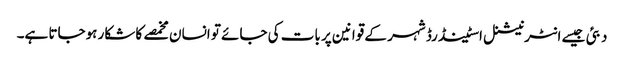
دبئی جیسے انٹرنیشنل اسٹینڈرڈ شہر کے قوانین پر بات کی جائے تو انسان مخمصے کا شکار ہوجاتا ہے۔